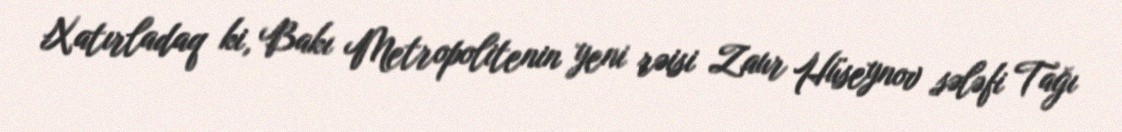
Xatırladaq ki, Bakı Metropolitenin yeni rəisi Zaur Hüseynov sələfi Tağı